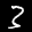
Label: 3